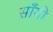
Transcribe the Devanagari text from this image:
साँगी